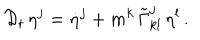
LaTeX: { \cal D } _ { t } \, \eta ^ { j } = \dot { \eta } ^ { j } + \dot { m } ^ { k } \, \tilde { \Gamma } _ { k l } ^ { j } \, \eta ^ { l } \, .